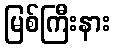
မြစ်ကြီးနား